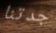
جدتنا